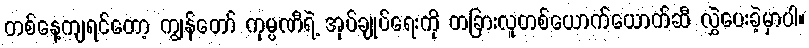
တစ်နေ့ကျရင်တော့ ကျွန်တော် ကုမ္ပဏီရဲ့ အုပ်ချုပ်ရေးကို တခြားလူတစ်ယောက်ယောက်ဆီ လွှဲပေးခဲ့မှာပါ။